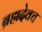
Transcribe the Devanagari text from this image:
ब्रह्मदेवच